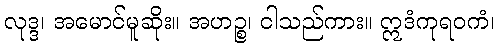
လုဒ္ဒ၊ အမောင်မူဆိုး။ အဟဉ္စ၊ ငါသည်ကား။ ဣဒံကုရဝကံ၊